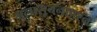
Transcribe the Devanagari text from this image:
अल्पसूचनाप्रश्न